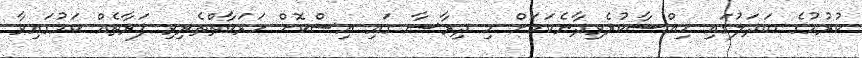
ކުރުމުގެ ބަދަލުގައި ހިއްސާކުރެވިދާނެކަމަށް މި ދިރާސާ ގައި އިސްކޮށް ހަރަކާތްތެރިވި ފަރާތެއް ކަމުގައިވާ